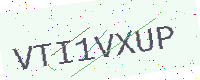
Text: VTI1VXUP